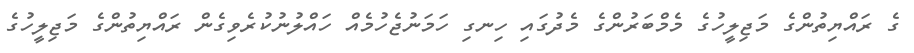
ގެ ރައްޔިތުންގެ މަޖިލީހުގެ މެމްބަރުންގެ މެދުގައި ހިނގި ހަމަނުޖެހުމެއް ހައްލުނުކުރެވިގެން ރައްޔިތުންގެ މަޖިލީހުގެ